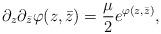
LaTeX: \begin{align*}\partial_z\partial_{\bar {z}}\varphi(z,\bar{z})= {\mu\over 2}e^{ \varphi(z,\bar{z})},\end{align*}